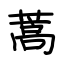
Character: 蒿